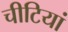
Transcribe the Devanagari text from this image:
चीटियां